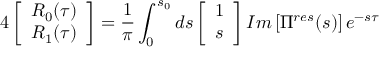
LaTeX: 4 \left[ \begin{array} { c } { { R _ { 0 } ( \tau ) } } \\ { { R _ { 1 } ( \tau ) } } \end{array} \right] = \frac { 1 } { \pi } \int _ { 0 } ^ { s _ { 0 } } d s \left[ \begin{array} { c } { { 1 } } \\ { { s } } \end{array} \right] I m \left[ \Pi ^ { r e s } ( s ) \right] e ^ { - s \tau }